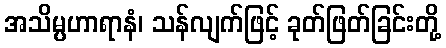
အသိမ္ပဟာရာနံ၊ သန်လျက်ဖြင့် ခုတ်ဖြတ်ခြင်းတို့